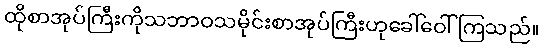
ထိုစာအုပ်ကြီးကိုသဘာဝသမိုင်းစာအုပ်ကြီးဟုခေါ်ဝေါ်ကြသည်။